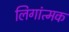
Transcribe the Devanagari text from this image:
लिगांत्मक